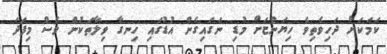
ކަމަކަށް ދަހިވެތިވެ ހިޔަންޏަށް މުޑި ނަގައިގެން އުޑުގައި ހިނގާ ވިލާތަކުން ވެސް މިފަދަ